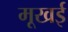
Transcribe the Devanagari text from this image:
मूखई